Vaccination report Assam 1874-1896 - 1874-1896
Year: 1874
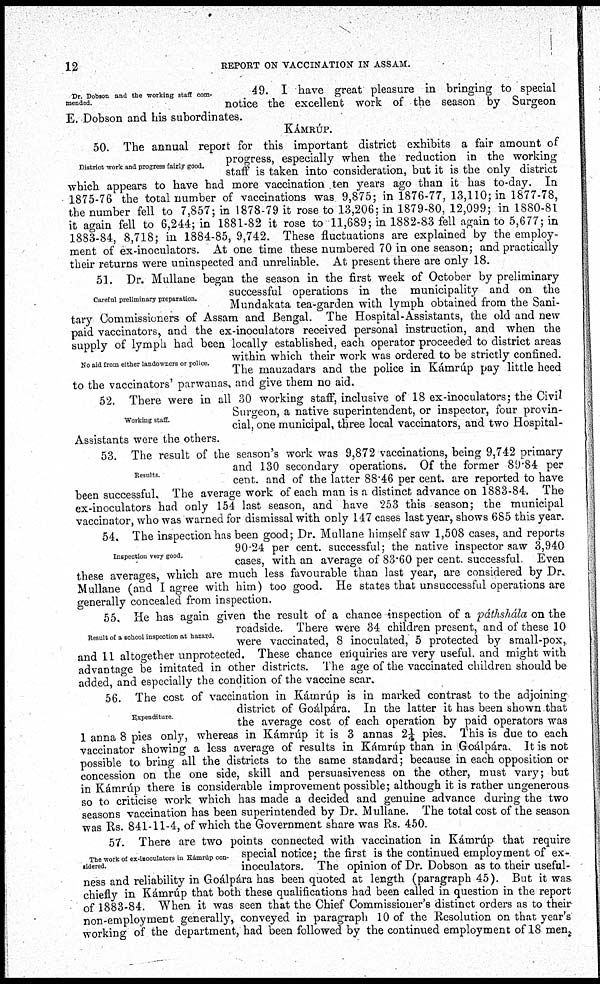
12
REPORT ON VACCINATION IN ASSAM.
Dr. Dobson and the working staff com-
mended.
49. I have great pleasure in bringing to special
notice the excellent work of the season by Surgeon
E. Dobson and his subordinates.
KÁMRÚP.
District work and progress fairly good.
50. The annual report for this important district exhibits a fair amount of
progress, especially when the reduction in the working
staff is taken into consideration, but it is the only district
which appears to have had more vaccination ten years ago than it has to-day. In
1875-76 the total number of vaccinations was 9,875; in 1876-77, 13,110; in 1877-78,
the number fell to 7,857; in 1878-79 it rose to 13,206; in 1879-80, 12,099; in 1880-81
it again fell to 6,244; in 1881-82 it rose to 11,689; in 1882-83 fell again to 5,677; in
1883-84, 8,718; in 1884-85, 9,742. These fluctuations are explained by the employ-
ment of ex-inoculators. At one time these numbered 70 in one season; and practically
their returns were uninspected and unreliable. At present there are only 18.
Careful preliminary preparation.
No aid from either landowners or police.
51. Dr. Mullane began the season in the first week of October by preliminary
successful operations in the municipality and on the
Mundakata tea-garden with lymph obtained from the Sani-
tary Commissioners of Assam and Bengal. The Hospital-Assistants, the old and new
paid vaccinators, and the ex-inoculators received personal instruction, and when the
supply of lymph had been locally established, each operator proceeded to district areas
within which their work was ordered to be strictly confined.
The mauzadars and the police in Kámrúp pay little heed
to the vaccinators' parwanas, and give them no aid.
Working staff.
52. There were in all 30 working staff, inclusive of 18 ex-inoculators; the Civil
Surgeon, a native superintendent, or inspector, four provin-
cial, one municipal, three local vaccinators, and two Hospital-
Assistants were the others.
Results.
53. The result of the season's work was 9,872 vaccinations, being 9,742 primary
and 130 secondary operations. Of the former 89.84 per
cent. and of the latter 88.46 per cent. are reported to have
been successful. The average work of each man is a distinct advance on 1883-84. The
ex-inoculators had only 154 last season, and have 253 this season; the municipal
vaccinator, who was warned for dismissal with only 147 cases last year, shows 685 this year.
Inspection very good.
54. The inspection has been good; Dr. Mullane himself saw 1,508 cases, and reports
90.24 per cent. successful; the native inspector saw 3,940
cases, with an average of 83.60 per cent. successful. Even
these averages, which are much less favourable than last year, are considered by Dr.
Mullane (and I agree with him) too good. He states that unsuccessful operations are
generally concealed from inspection.
Result of a school inspection at hazard.
55. He has again given the result of a chance inspection of a páthshála on the
roadside. There were 34 children present, and of these 10
were vaccinated, 8 inoculated, 5 protected by small-pox,
and 11 altogether unprotected. These chance enquiries are very useful, and might with
advantage be imitated in other districts. The age of the vaccinated children should be
added, and especially the condition of the vaccine scar.
Expenditure.
56. The cost of vaccination in Kámrúp is in marked contrast to the adjoining
district of Goálpára. In the latter it has been shown that
the average cost of each operation by paid operators was
1 anna 8 pies only, whereas in Kámrúp it is 3 annas 2¼ pies. This is due to each
vaccinator showing a less average of results in Kámrúp than in Goálpára. It is not
possible to bring all the districts to the same standard; because in each opposition or
concession on the one side, skill and persuasiveness on the other, must vary; but
in Kámrúp there is considerable improvement possible; although it is rather ungenerous
so to criticise work which has made a decided and genuine advance during the two
seasons vaccination has been superintended by Dr. Mullane. The total cost of the season
was Rs. 841-11-4, of which the Government share was Rs. 450.
The work of ex-inoculators in Kámrúp con-
sidered.
57. There are two points connected with vaccination in Kámrúp that require
special notice; the first is the continued employment of ex-
inoculators. The opinion of Dr. Dobson as to their useful-
ness and reliability in Goálpára has been quoted at length (paragraph 45). But it was
chiefly in Kámrúp that both these qualifications had been called in question in the report
of 1883-84. When it was seen that the Chief Commissioner's distinct orders as to their
non-employment generally, conveyed in paragraph 10 of the Resolution on that year's
working of the department, had been followed by the continued employment of 18 men.